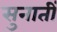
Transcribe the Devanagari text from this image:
सुनातीं